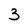
Character: 3